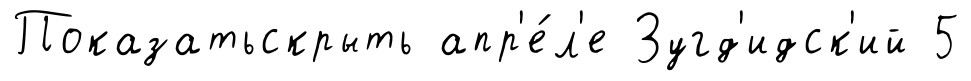
Показатьскрыть апр'е́л'е Зугд'идск'ий 5